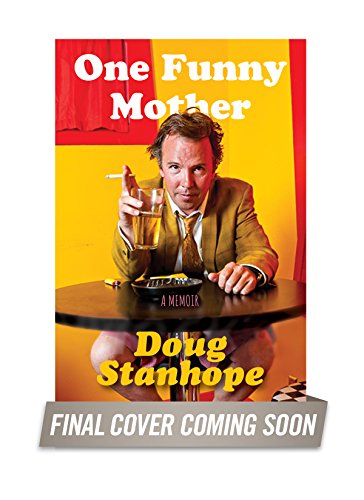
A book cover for One Funny Mother: A Memoir; Doug Stanhope; Humor & Entertainment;